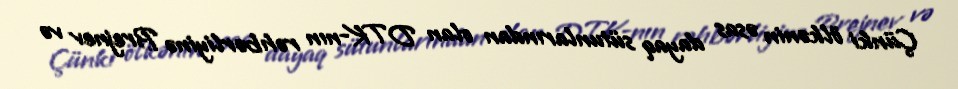
Çünki ölkənin əsas dayaq sütunlarından olan DTK-nın rəhbərliyinə Brejnev və